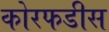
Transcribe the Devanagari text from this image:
कोरफडीस